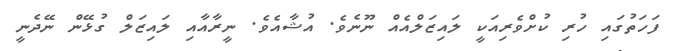
ފަހަތުގައި ހުރި ކުށްވެރިއަކީ ލައިޒަލްއެއް ނޫނެވެ. އުޝާއެވެ. ނީރާއާއި ލައިޒަލް ގުޅޭން ނޭދެނީ